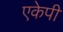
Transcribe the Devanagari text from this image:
एकेपी